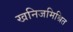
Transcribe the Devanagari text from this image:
खनिजमिश्रित